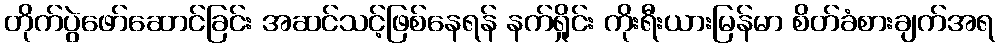
တိုက်ပွဲဖော်ဆောင်ခြင်း အဆင်သင့်ဖြစ်နေရန် နက်ရှိုင်း ကိုးရီးယားမြန်မာ စိတ်ခံစားချက်အရ